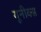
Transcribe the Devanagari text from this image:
यूनीक्स